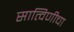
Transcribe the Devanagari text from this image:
सात्विणीचा